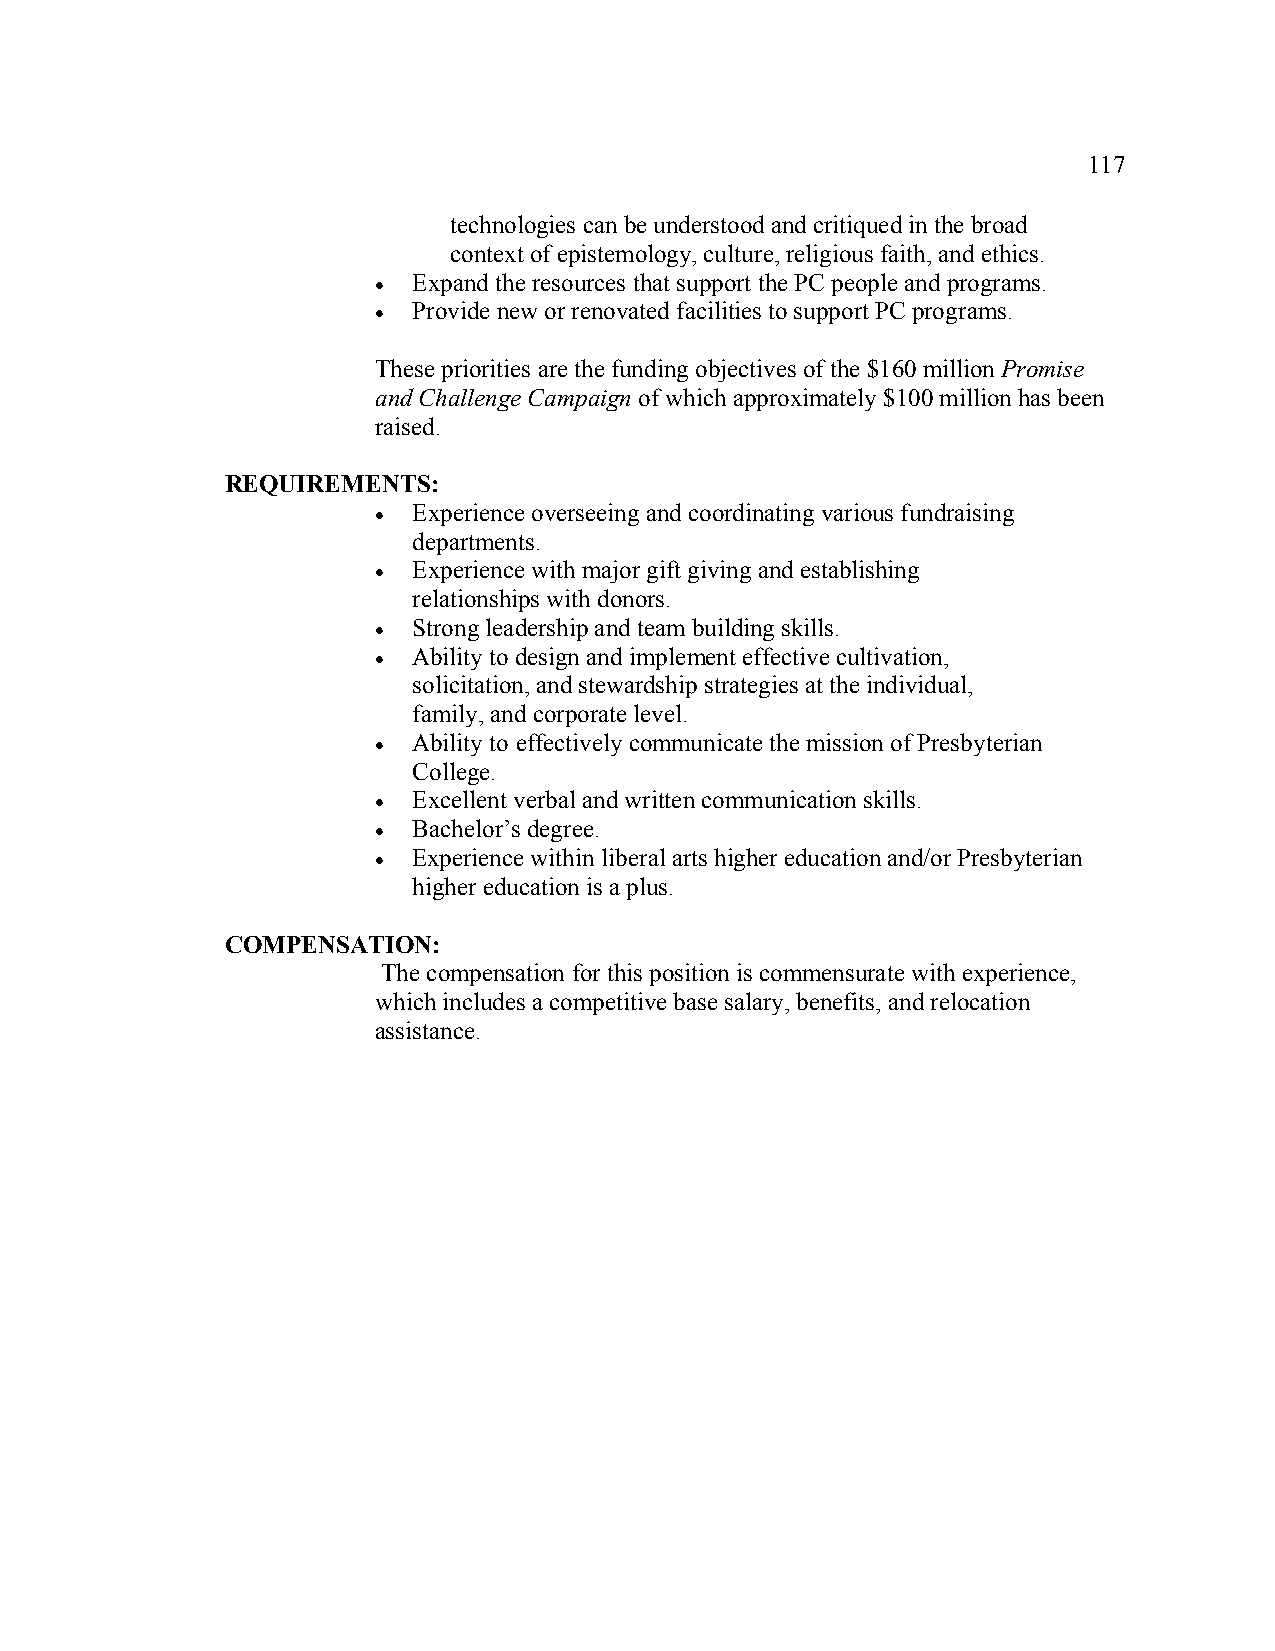
117
 technologies can be understood and critiqued in the broad
 context of epistemology, culture, religious faith, and ethics.
 ! Expand the resources that support the PC people and programs.
 ! Provide new or renovated facilities to support PC programs.
 These priorities are the funding objectives of the $160 million Promise
 and Challenge Campaign of which approximately $100 million has been
 raised.
 REQUIREMENTS:
 ! Experience overseeing and coordinating various fundraising
 departments.
 ! Experience with major gift giving and establishing
 relationships with donors.
 ! Strong leadership and team building skills.
 ! Ability to design and implement effective cultivation,
 solicitation, and stewardship strategies at the individual,
 family, and corporate level.
 ! Ability to effectively communicate the mission of Presbyterian
 College.
 ! Excellent verbal and written communication skills.
 ! Bachelor’s degree.
 ! Experience within liberal arts higher education and/or Presbyterian
 higher education is a plus.
 COMPENSATION:
 The compensation for this position is commensurate with experience,
 which includes a competitive base salary, benefits, and relocation
 assistance.